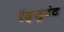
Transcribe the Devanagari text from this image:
ऍड्जुटंट